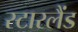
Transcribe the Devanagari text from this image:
स्टारलैंड